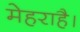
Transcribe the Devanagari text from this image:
मेहराहै।